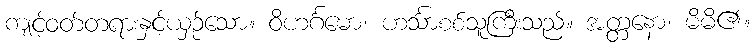
ကျင့်ဝတ်တရားနှင့်ယှဉ်သော။ ဝိဟင်္ဂမော၊ ဟင်္သာစစ်သူကြီးသည်။ အတ္တနော၊ မိမိ၏။